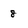
Character: 8